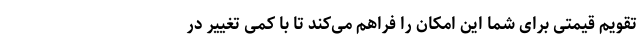
تقویم قیمتی برای شما این امکان را فراهم می‌کند تا با کمی تغییر در